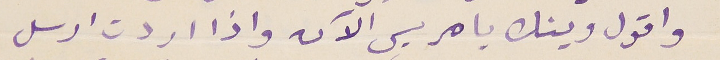
واقول وينك يا مريس الآن واذا اردت ارسل